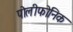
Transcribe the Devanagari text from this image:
पोलीफोनिक